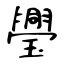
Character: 璺